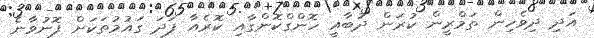
އަދި ދިވެހިން ތަމްރީން ކުރަން ދުބާއީ ހޮންގްކޮންގާއި ކޮރެއާ ފަދަ ގައުމުތަކަށް ފޮނުވާނެ